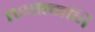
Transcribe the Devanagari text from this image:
तथात्मनि